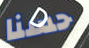
حسنا